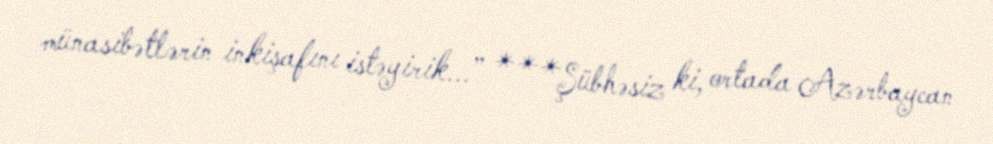
münasibətlərin inkişafını istəyirik...” ***Şübhəsiz ki, ortada Azərbaycan